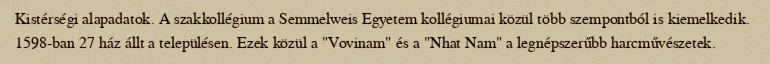
Kistérségi alapadatok. A szakkollégium a Semmelweis Egyetem kollégiumai közül több szempontból is kiemelkedik. 1598-ban 27 ház állt a településen. Ezek közül a "Vovinam" és a "Nhat Nam" a legnépszerűbb harcművészetek.